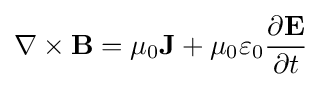
\mathbf {\nabla } \times \mathbf {B} =\mu _{0}\mathbf {J} +\mu _{0}\varepsilon _{0}{\frac {\partial \mathbf {E} }{\partial t}}